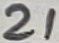
Text: 21